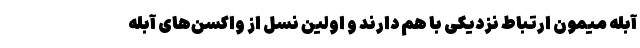
آبله میمون ارتباط نزدیکی با هم دارند و اولین نسل از واکسن‌های آبله